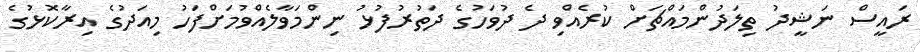
ރައީސް ނަޝީދު ތިލަދުންމައްޗަށް ކުރެއްވި ދެ ދުވަހުގެ ދަތުރުފުޅު ނިންމަވާލެއްވުމަށްފަހު މިއަދުގެ އިރާކޮޅުގެ